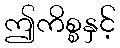
ဤကိစ္စနှင့်